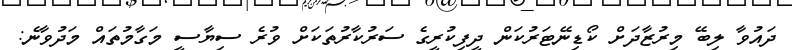
ދައުވާ ލިބޭ މިރުޒާދަށް ކޯޑިނޭޓަރުކަން ދީފިކުރީގެ ސަރުކާރުތަކަށް ވުރެ ސިޔާސީ މަގާމުތައް މަދުވާނެ: